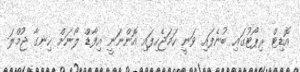
އޮޑިޓް ރިޕޯޓުގައި ބުނެފައި ވަނީ ހަމަޖެހިފައި އޮންނަނީ އިފާޑް ލޯނަށް ހިނގާ ޖުމްލަ